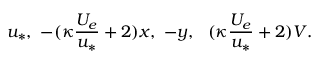
u _ { * } , \ - ( \kappa \frac { U _ { e } } { u _ { * } } + 2 ) x , \ - y , \ \ ( \kappa \frac { U _ { e } } { u _ { * } } + 2 ) V .